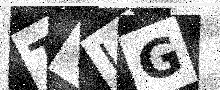
Text: TVIG